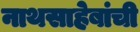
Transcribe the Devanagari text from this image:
नाथसाहेबांची